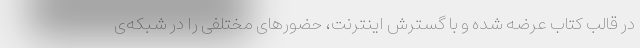
در قالب کتاب عرضه شده و با گسترش اینترنت، حضورهای مختلفی را در شبکه‌ی